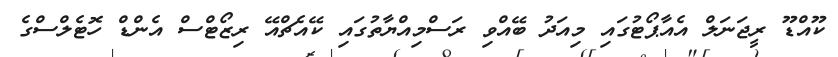
ކޫއްޑޫ ރީޖަނަލް އެއާޕޯޓުގައި މިއަދު ބޭއްވި ރަސްމިއްޔާތުގައި ކޭއެޗްއޭ ރިޒޯޓްސް އެންޑް ހޮޓެލްސްގެ